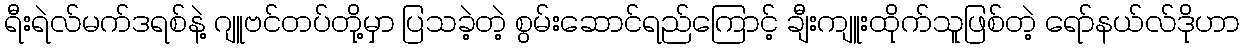
ရီးရဲလ်မက်ဒရစ်နဲ့ ဂျူဗင်တပ်တို့မှာ ပြသခဲ့တဲ့ စွမ်းဆောင်ရည်ကြောင့် ချီးကျူးထိုက်သူဖြစ်တဲ့ ရော်နယ်လ်ဒိုဟာ